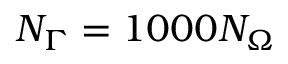
N _ { \Gamma } = 1 0 0 0 N _ { \Omega }